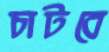
চাটবে